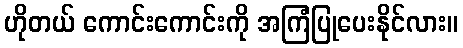
ဟိုတယ် ကောင်းကောင်းကို အကြံပြုပေးနိုင်လား။